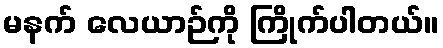
မနက် လေယာဉ်ကို ကြိုက်ပါတယ်။